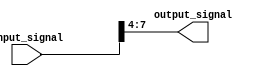
module part_select_assign (
    input [7:0] input_signal, // input signal with 8 bits
    output [3:0] output_signal // output signal with 4 bits
);

assign output_signal = input_signal[7:4]; // part-select assign statement to assign bits 7 to 4 of input_signal to output_signal

endmodule